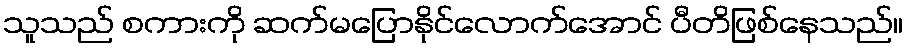
သူသည် စကားကို ဆက်မပြောနိုင်လောက်အောင် ပီတိဖြစ်နေသည်။